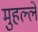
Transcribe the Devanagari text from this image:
मुहल्‍ले